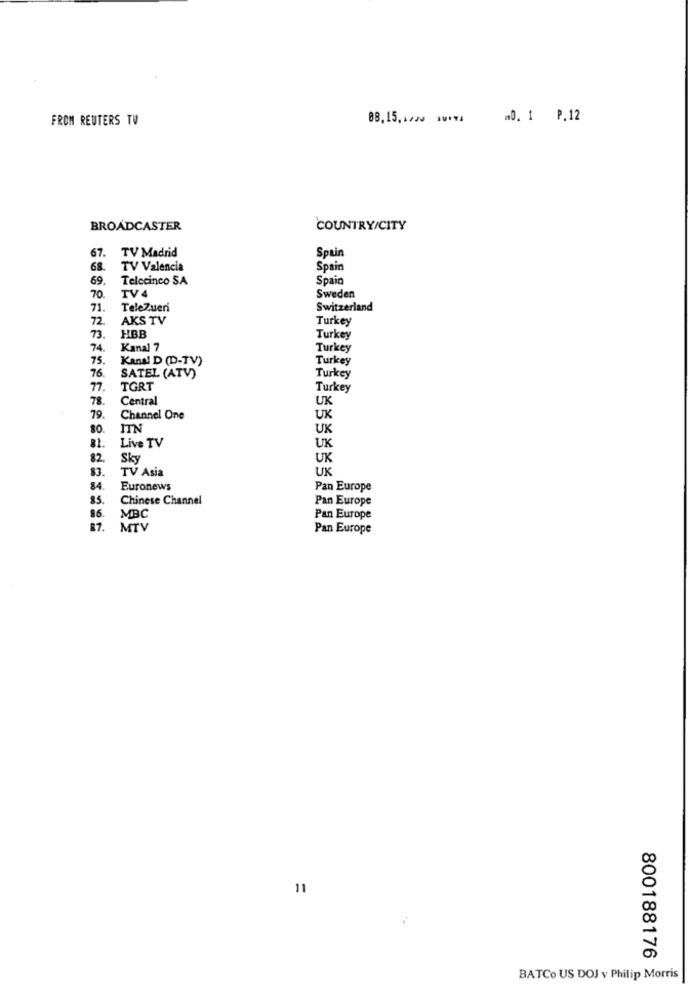
FROM REUTERS TV
88,15 .*** *****
.0. 1 P.12
BROADCASTER
COUNTRY/CITY
67.
TV Madrid
Spain
68.
TV Valencia
Spain
69
Telecinco SA
Spain
70.
TV 4
Sweden
71.
TeleZueri
Switzerland
72
AKS TV
Turkey
73
HBB
Turkey
74.
Kanal 7
Turkey
75.
Kanal D (D-TV)
Turkey
76
SATEL (ATV)
Turkey
77.
TGRT
Turkey
78.
Central
UK
79.
Channel One
UK
80
ITN
UK
Live TV
81.
UK
82.
Sky
UK
83.
TV Asia
UK
84
Euronews
Pan Europe
85.
Chinese Channel
Pan Europe
86. MBC
Pan Europe
MTV
Pan Europe
11
800188176
BATCo US DOJ v Philip Morris